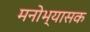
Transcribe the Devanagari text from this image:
मनोभ्यासक